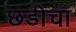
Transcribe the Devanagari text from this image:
छडीचा